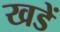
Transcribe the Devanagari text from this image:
खडें